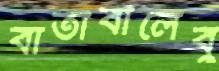
বাতাবীলেবু